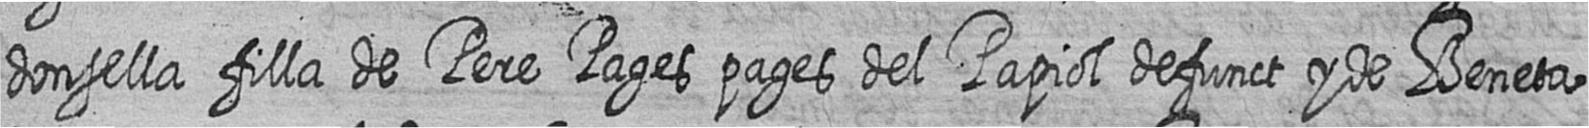
donsella filla de Pere Pages pages del Papiol defunct y de Beneta